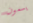
يسمون